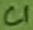
Text: C1